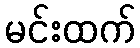
မင်းထက်